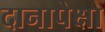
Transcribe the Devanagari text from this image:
दानापेक्षा